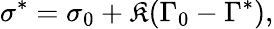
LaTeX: \sigma^{*}=\sigma_{0}+\mathfrak{K}(\Gamma_{0}-\Gamma^{*}),